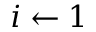
i \gets 1